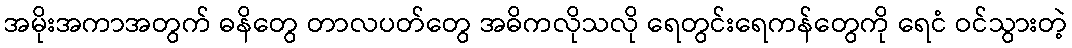
အမိုးအကာအတွက် ဓနိတွေ တာလပတ်တွေ အဓိကလိုသလို ရေတွင်းရေကန်တွေကို ရေငံ ဝင်သွားတဲ့